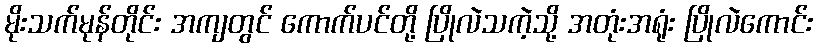
မိုးသက်မုန်တိုင်း အကျတွင် ကောက်ပင်တို့ ပြိုလဲသကဲ့သို့ အတုံးအရုံး ပြိုလဲကောင်း